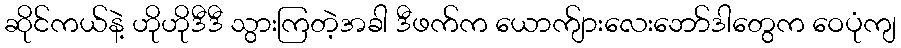
ဆိုင်ကယ်နဲ့ ဟိုဟိုဒီဒီ သွားကြတဲ့အခါ ဒီဖက်က ယောက်ျားလေးဘော်ဒါတွေက ဝေပုံကျ